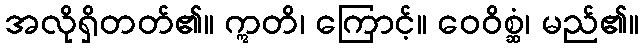
အလိုရှိတတ်၏။ ဣတိ၊ ကြောင့်။ ဝေဝိစ္ဆံ၊ မည်၏။